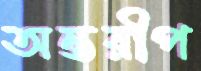
অন্তরীপ